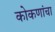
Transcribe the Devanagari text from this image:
कोकणांचा